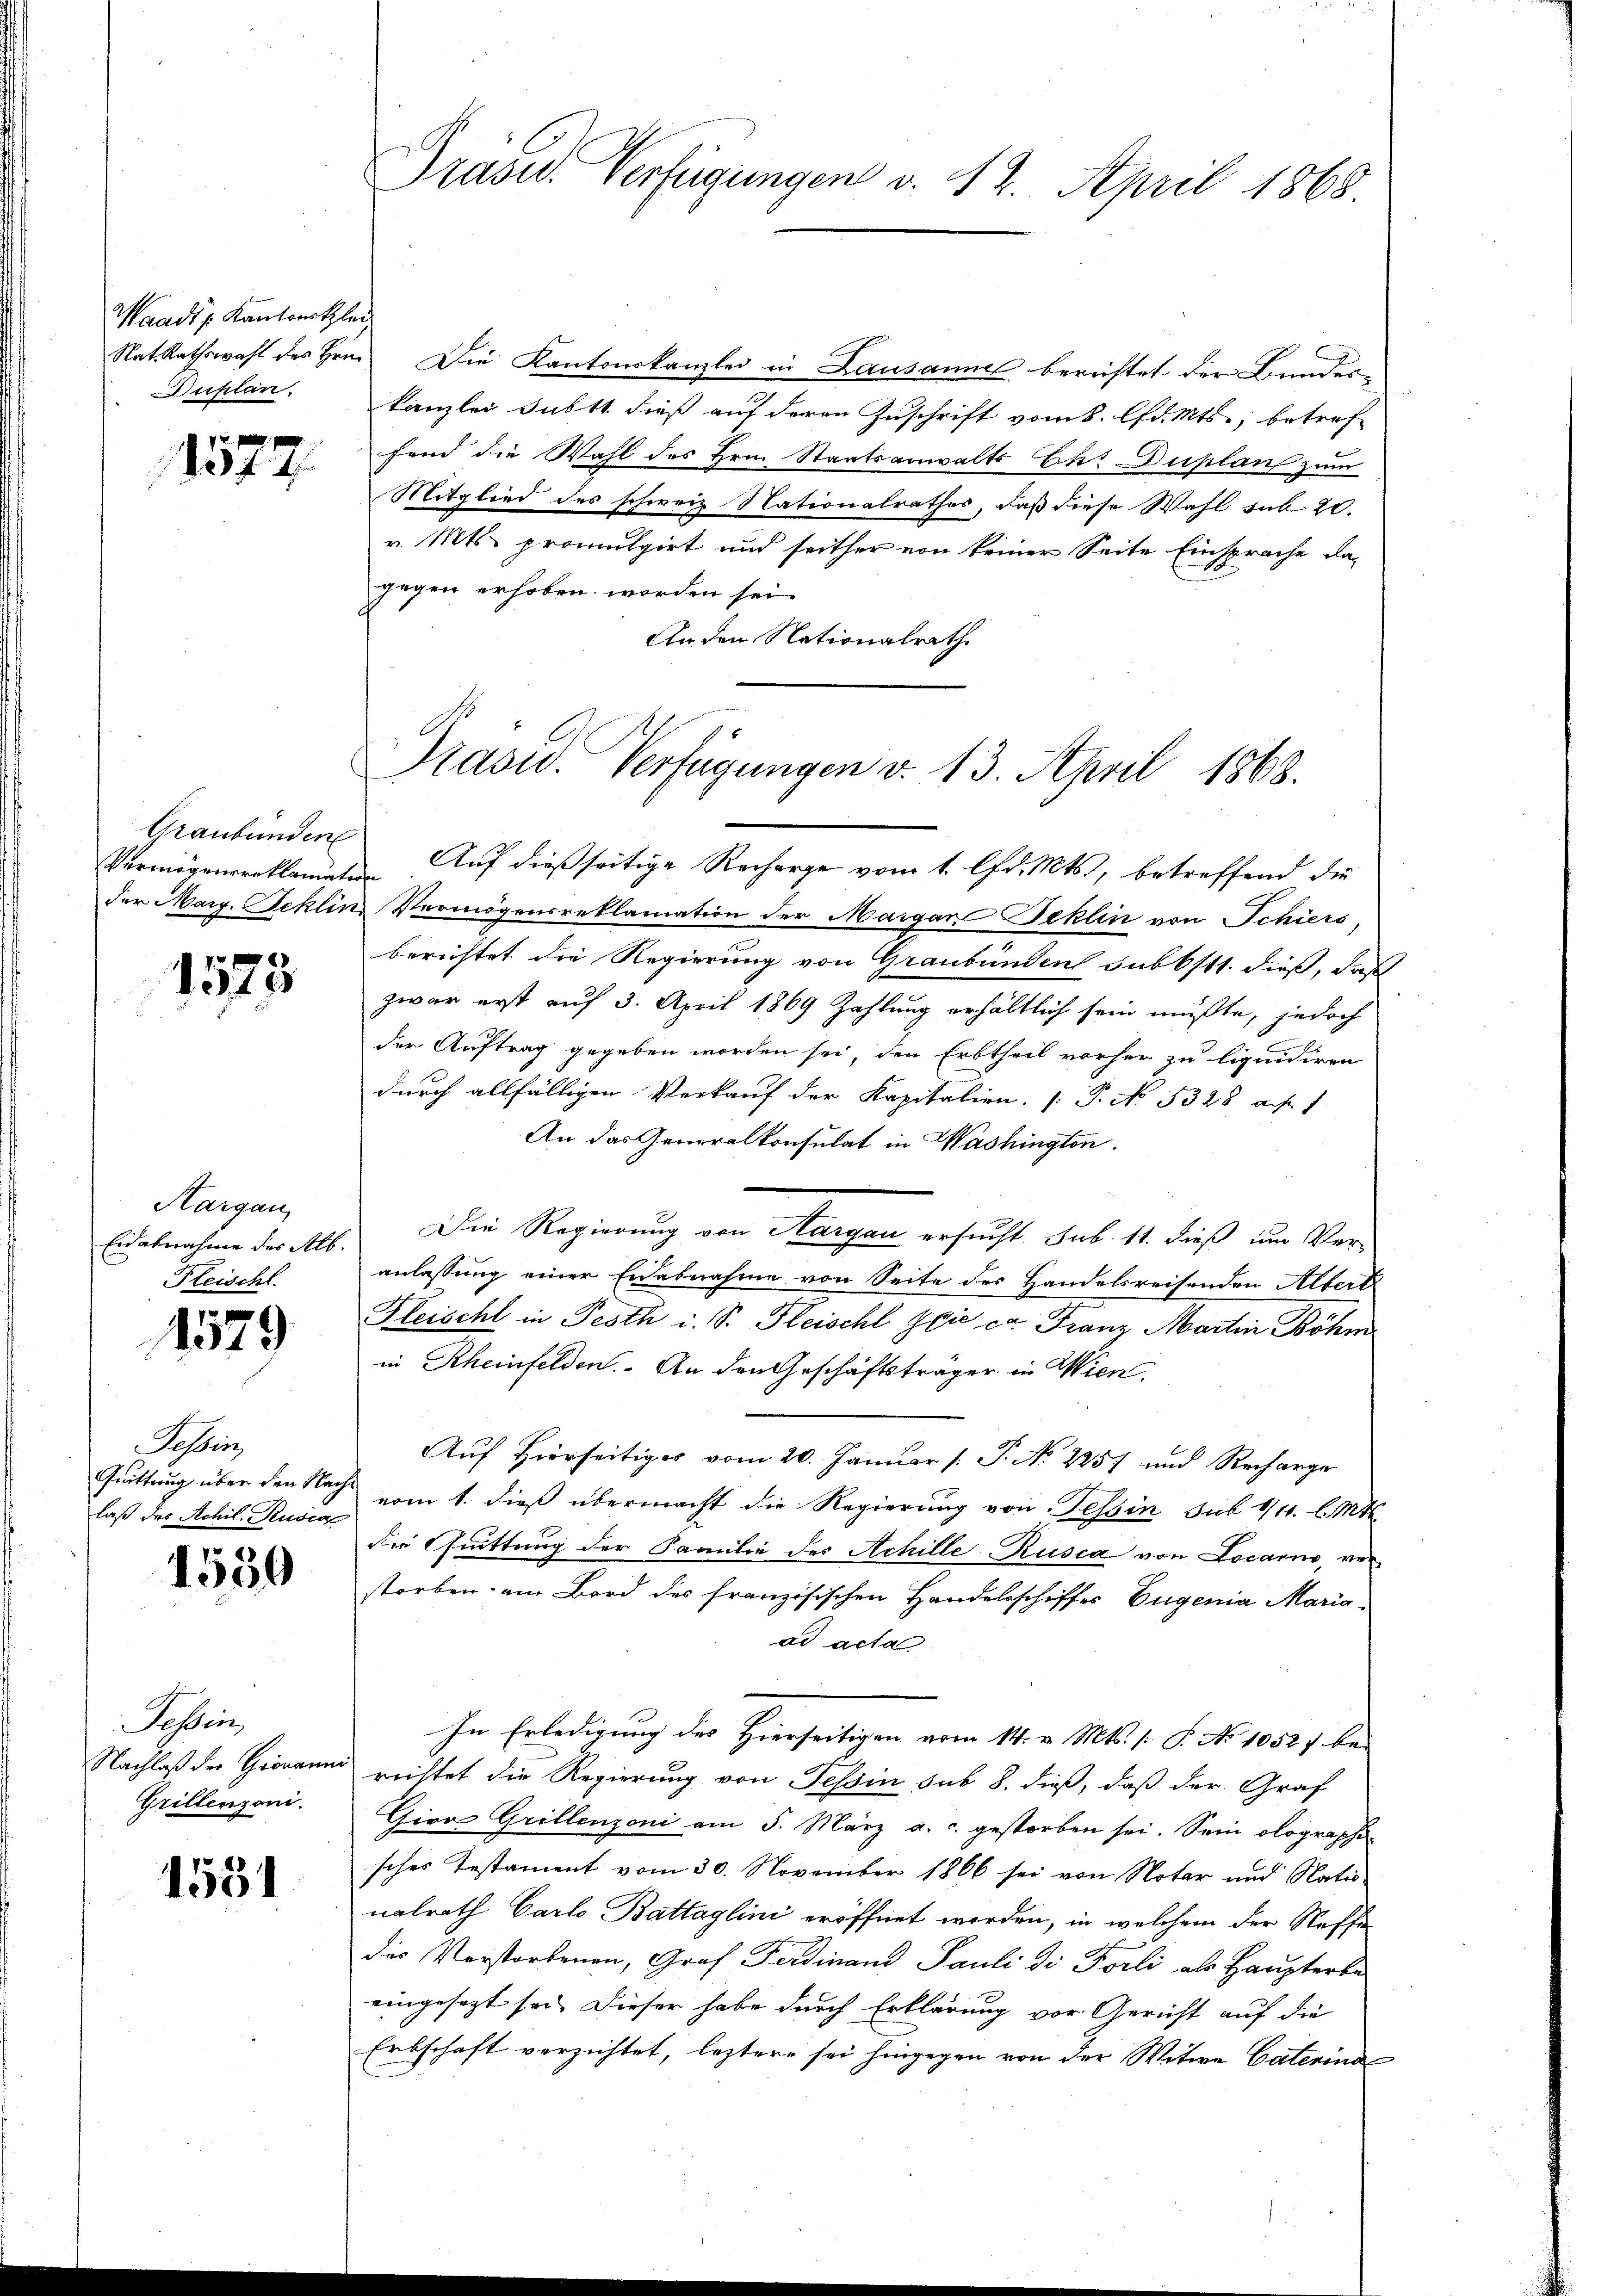
Waadt s. Kantonsklei
Duplan.

1577.

Graubünden

1319

Hargau
Eidabnahme des Alb.
Fleischl

1579

Schbin
laß des Achil. Rusia

1550

Tessin,
Grillenzoni.

1581

Präser Verfügungen v. 12. April 1868.

Nat. Rathswahl des Hrn. Die Kantonskanzlei in Lausannes berichtet der Bundes-
kanzlei Subst dieß auf deren Zuschrift vom 8. lfd. Mts., betref-
fend die Wahl des Hrn. Staatsanwalts Chi Duplan zum
Mitglied des schweiz. Nationalrathes, daß diese Wahl sub 20.
v. Mts. promulgirt und seither von keiner Seite Einsprache dagegen erhoben worden sei.
Anden Nationalrath

Präsid. Verfügungen v. 13. April 1863.

Vermögensroklamate. Auf dießseitige Recharge vom 1. lfd. Mts., betreffend die
der Marg. Jeklin Vermögensreklamation der Margare Jeklin von Schiers,
berichtet die Regierung von Graubünden subbstt. dieß, daß
zwar erst auf 3. April 1869 Zahlung erhältlich sein müßte, jedoch
der Auftrag gegeben worden sei, den Erbtheil vorher zu liquidiren
durch allfälligen Verkauf der Kapitalien. (T. No. 5328 auf
An das Generalkonsulat in Washington.
Die Regierung von Margau ersucht. sub. 11. dieß um Ver-
anlassung einer Eidabnahme von Seite des Handelsreisenden Albert
Fleischt in Festh i. S. Fleischl Sie er Franz Martin Böhm
in Rheinfelden. An den Geschäftsträger in Wien.
Auf Hierseitiges vom 20. Januar (: P. No 2257 und Recharge
Quittung über den Nach vom 1. dieß übermacht die Regierung von Tessin sub 1/11. l. Mtt.
die Quittung der Familie des Achille Rusca von Locarno, verstorben am Bord des französischen Handelsschiffes Eugenia Mariaad acta
In Erledigung des Hierseitigen vom 14. v. Mts. s. P. No 10527. be-
Nachlaß der Gieraum richtet die Regierung von Tessin sub 8. dieß, daß der Graf
Gion Grillenzoni am 5. März a. c. gestorben sei. Sein olographi-
sches Testament vom 30. November 1866 sei von Notar und Natio
nalrath Carlo Battaglini eröffnet worden, in welchem der Steffe
das Vorstorbenen, Graf Ferdinand Pauli di Forti als Haupterbe
eingesezt sei. Dieser habe durch Erklärung vor Gericht auf die
Erbschaft verzichtet, leztere sei hingegen von der Witwe Caterina